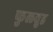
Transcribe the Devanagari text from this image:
फुलवुड